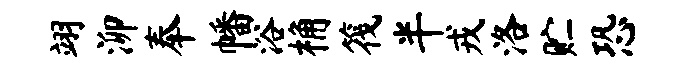
翊泖奉幡浴桷筏半戎洛贮恐